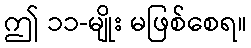
ဤ ၁၁-မျိုး မဖြစ်စေရ။